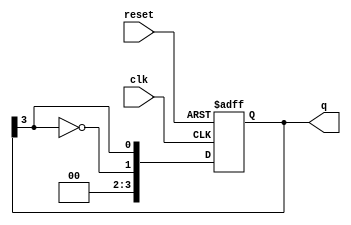
module johnson_counter #(
    parameter N = 4  // Number of flip-flops (change as needed)
)(
    input wire clk,      // Clock signal
    input wire reset,    // Asynchronous reset signal
    output reg [N-1:0] q // Output representing the current state
);

    // Always block triggered on the rising edge of the clock or reset
    always @(posedge clk or posedge reset) begin
        if (reset) begin
            // Reset all flip-flops to 0
            q <= 0;
        end else begin
            // Johnson counter logic
            q <= {~q[N-1], q[N-1:N-1]}; // Shift and feed back inverted last bit
        end
    end

endmodule